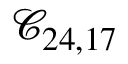
\mathcal { C } _ { 2 4 , 1 7 }